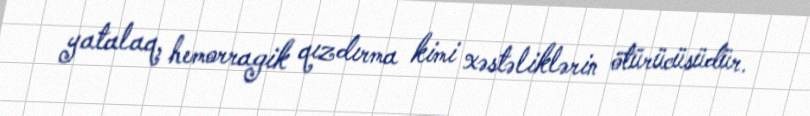
yatalaq, hemorragik qızdırma kimi xəstəliklərin ötürücüsüdür.